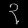
Digit: ၃